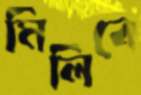
মিলিবে